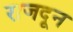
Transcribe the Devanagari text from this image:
राजदून